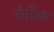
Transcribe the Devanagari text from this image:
छेदिक